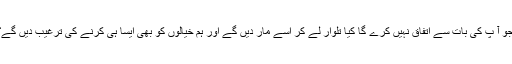
جو آ پ کی بات سے اتفاق نہیں کرے گا کیا تلوار لے کر اسے مار دیں گے اور ہم خیالوں کو بھی ایسا ہی کرنے کی ترغیب دیں گے؟